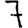
Digit: 7